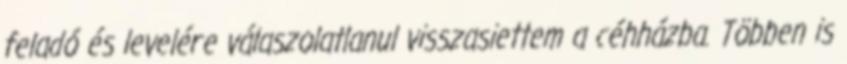
feladó és levelére válaszolatlanul visszasiettem a céhházba. Többen is